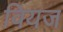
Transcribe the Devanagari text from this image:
वियज